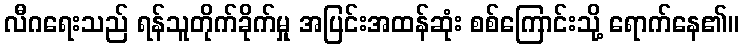
လီဂရေးသည် ရန်သူတိုက်ခိုက်မှု အပြင်းအထန်ဆုံး စစ်ကြောင်းသို့ ရောက်နေ၏။